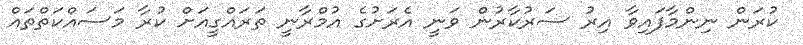
ކުރަން ނިންމާފައިވާ އިރު ސަރުކާރުން ވަނީ އެރަށުގެ އުމްރާނީ ތަރައްގީއަށް ކުރާ މަސައްކަތްތައް